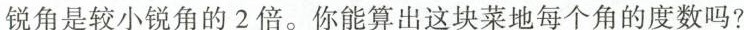
锐角是较小锐角的2倍。你能算出这块菜地每个角的度数吗?